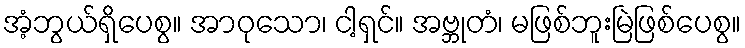
အံ့ဘွယ်ရှိပေစွ။ အာဝုသော၊ ငါ့ရှင်။ အဗ္ဘုတံ၊ မဖြစ်ဘူးမြဲဖြစ်ပေစွ။